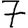
Digit: 7